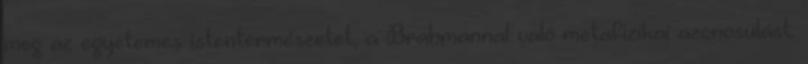
meg az egyetemes istentermészetet, a Brahmannal való metafizikai azonosulást.